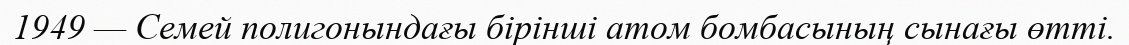
1949 — Семей полигонындағы бірінші атом бомбасының сынағы өтті.